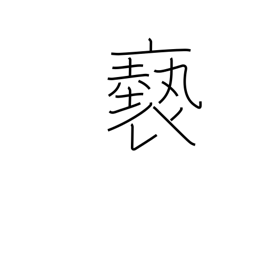
Meaning: filthy